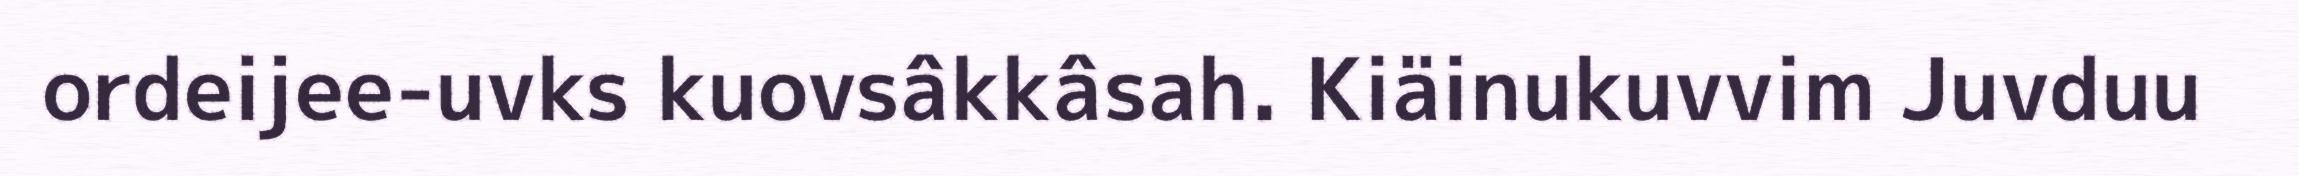
ordeijee-uvks kuovsâkkâsah. Kiäinukuvvim Juvduu